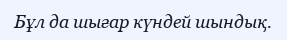
Бұл да шығар күндей шындық.